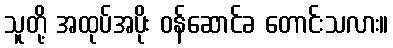
သူတို့ အထုပ်အပိုး ဝန်ဆောင်ခ တောင်းသလား။